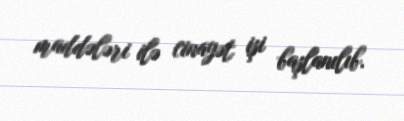
maddələri ilə cinayət işi başlanılıb.